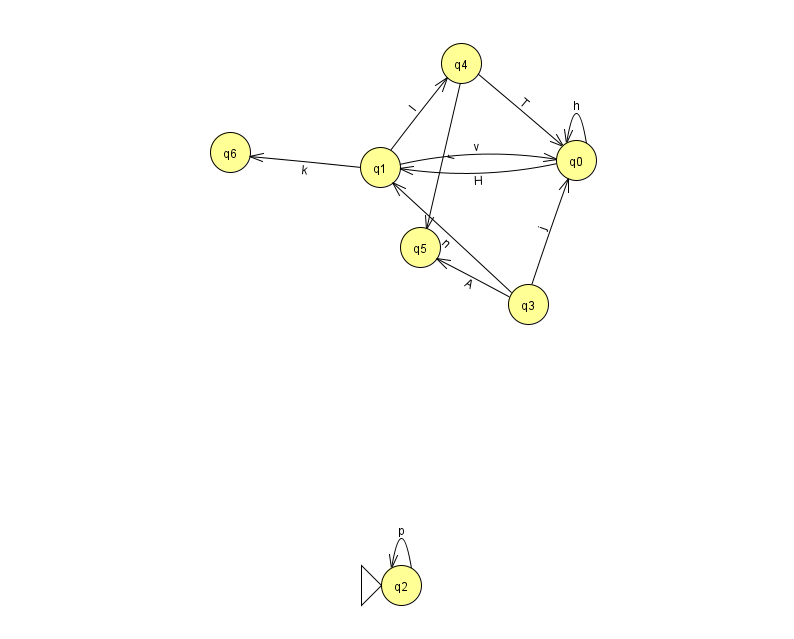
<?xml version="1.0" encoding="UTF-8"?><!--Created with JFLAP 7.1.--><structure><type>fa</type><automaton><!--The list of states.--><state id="0" name="q0"><x>576.0</x><y>147.0</y></state><state id="1" name="q1"><x>380.0</x><y>154.0</y></state><state id="2" name="q2"><x>401.0</x><y>572.0</y><initial/></state><state id="3" name="q3"><x>528.0</x><y>291.0</y></state><state id="4" name="q4"><x>461.0</x><y>50.0</y></state><state id="5" name="q5"><x>420.0</x><y>234.0</y></state><state id="6" name="q6"><x>230.0</x><y>139.0</y></state><!--The list of transitions.--><transition><from>1</from><to>0</to><read>v</read></transition><transition><from>2</from><to>2</to><read>p</read></transition><transition><from>3</from><to>0</to><read>j</read></transition><transition><from>1</from><to>4</to><read>l</read></transition><transition><from>3</from><to>1</to><read>n</read></transition><transition><from>0</from><to>0</to><read>h</read></transition><transition><from>4</from><to>0</to><read>T</read></transition><transition><from>4</from><to>5</to><read>r</read></transition><transition><from>3</from><to>5</to><read>A</read></transition><transition><from>0</from><to>1</to><read>H</read></transition><transition><from>1</from><to>6</to><read>k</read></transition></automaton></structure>